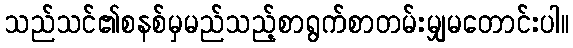
သည်သင်၏စနစ်မှမည်သည့်စာရွက်စာတမ်းမျှမတောင်းပါ။